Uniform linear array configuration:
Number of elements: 12
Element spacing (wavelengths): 0.25
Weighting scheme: cosine
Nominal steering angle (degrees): -15
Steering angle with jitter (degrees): -15.527
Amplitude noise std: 0.05
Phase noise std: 0.05

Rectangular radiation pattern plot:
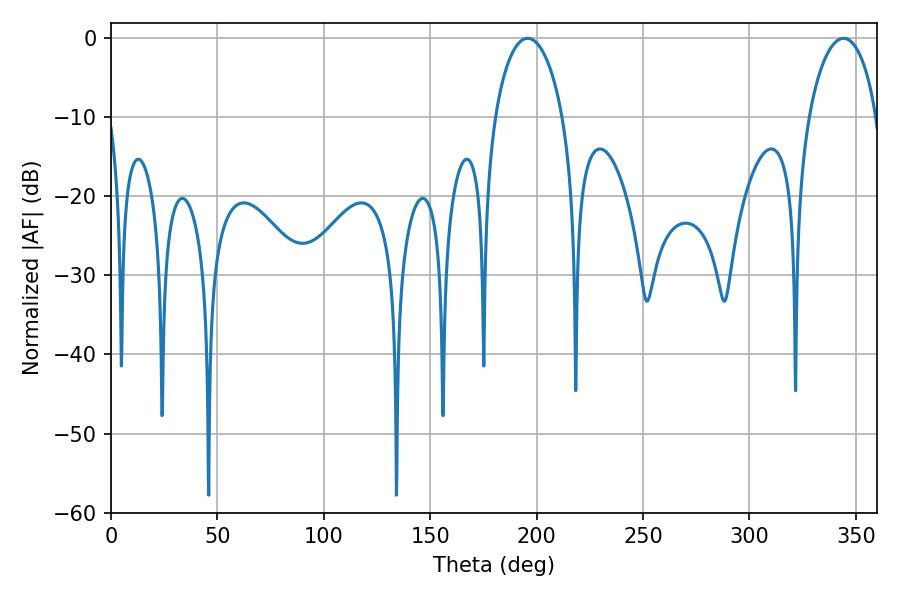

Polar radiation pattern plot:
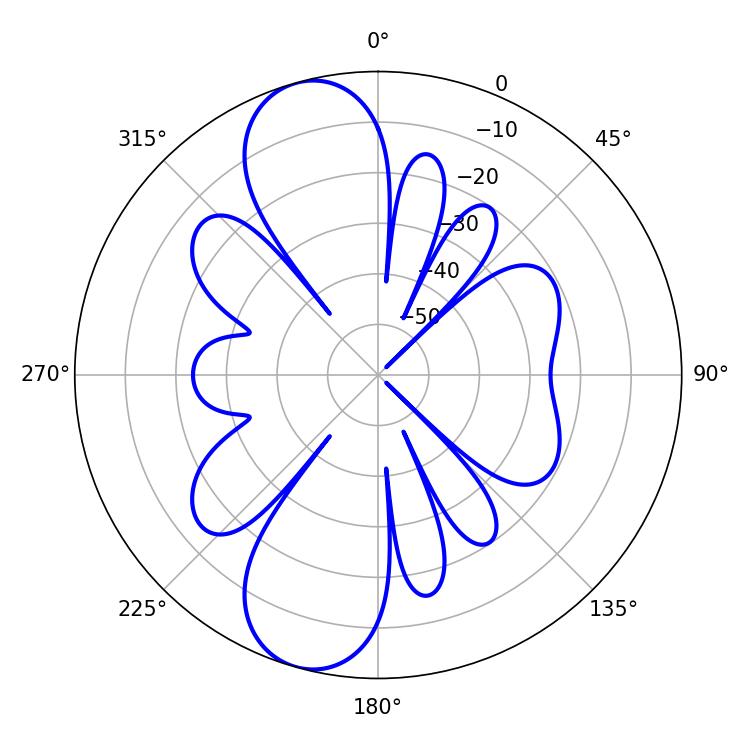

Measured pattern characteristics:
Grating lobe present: FALSE
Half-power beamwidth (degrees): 18.18
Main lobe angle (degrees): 195.84